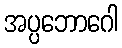
အပ္ပဘောဂေါ